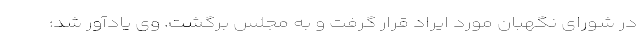
در شورای نگهبان مورد ایراد قرار گرفت و به مجلس برگشت. وی یادآور شد: